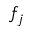
f _ { j }